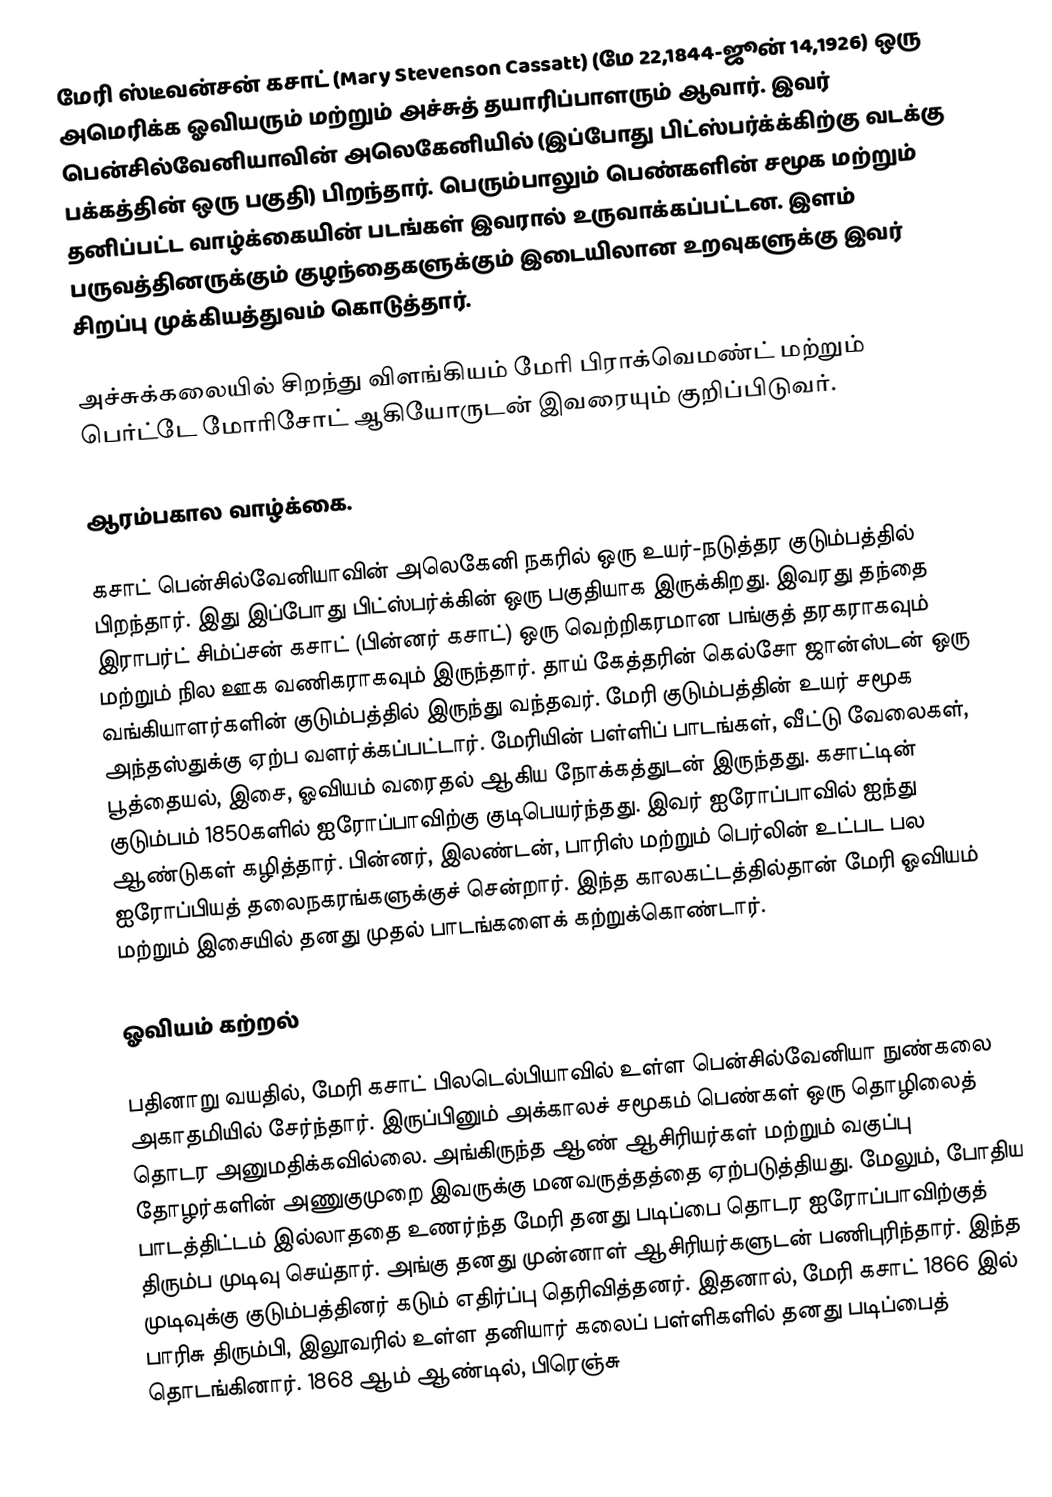
மேரி ஸ்டீவன்சன் கசாட் (Mary Stevenson Cassatt) (மே 22,1844-ஜூன் 14,1926) ஒரு அமெரிக்க ஓவியரும் மற்றும் அச்சுத் தயாரிப்பாளரும் ஆவார். இவர் பென்சில்வேனியாவின் அலெகேனியில் (இப்போது பிட்ஸ்பர்க்க்கிற்கு வடக்கு பக்கத்தின் ஒரு பகுதி) பிறந்தார். பெரும்பாலும் பெண்களின் சமூக மற்றும் தனிப்பட்ட வாழ்க்கையின் படங்கள் இவரால் உருவாக்கப்பட்டன. இளம் பருவத்தினருக்கும் குழந்தைகளுக்கும் இடையிலான உறவுகளுக்கு இவர் சிறப்பு முக்கியத்துவம் கொடுத்தார்.

அச்சுக்கலையில் சிறந்து விளங்கியம் மேரி பிராக்வெமண்ட் மற்றும் பெர்ட்டே மோரிசோட் ஆகியோருடன் இவரையும் குறிப்பிடுவர்.

ஆரம்பகால வாழ்க்கை.

கசாட் பென்சில்வேனியாவின் அலெகேனி நகரில் ஒரு உயர்-நடுத்தர குடும்பத்தில் பிறந்தார். இது இப்போது பிட்ஸ்பர்க்கின் ஒரு பகுதியாக இருக்கிறது. இவரது தந்தை இராபர்ட் சிம்ப்சன் கசாட் (பின்னர் கசாட்) ஒரு வெற்றிகரமான பங்குத் தரகராகவும் மற்றும் நில ஊக வணிகராகவும் இருந்தார். தாய் கேத்தரின் கெல்சோ ஜான்ஸ்டன் ஒரு வங்கியாளர்களின் குடும்பத்தில் இருந்து வந்தவர். மேரி குடும்பத்தின் உயர் சமூக அந்தஸ்துக்கு ஏற்ப வளர்க்கப்பட்டார். மேரியின் பள்ளிப் பாடங்கள், வீட்டு வேலைகள், பூத்தையல், இசை, ஓவியம் வரைதல் ஆகிய நோக்கத்துடன் இருந்தது. கசாட்டின் குடும்பம் 1850களில் ஐரோப்பாவிற்கு குடிபெயர்ந்தது. இவர் ஐரோப்பாவில் ஐந்து ஆண்டுகள் கழித்தார். பின்னர், இலண்டன், பாரிஸ் மற்றும் பெர்லின் உட்பட பல ஐரோப்பியத் தலைநகரங்களுக்குச் சென்றார். இந்த காலகட்டத்தில்தான் மேரி ஓவியம் மற்றும் இசையில் தனது முதல் பாடங்களைக் கற்றுக்கொண்டார்.

ஓவியம் கற்றல்

பதினாறு வயதில், மேரி கசாட் பிலடெல்பியாவில் உள்ள பென்சில்வேனியா நுண்கலை அகாதமியில் சேர்ந்தார். இருப்பினும் அக்காலச் சமூகம் பெண்கள் ஒரு தொழிலைத் தொடர அனுமதிக்கவில்லை. அங்கிருந்த ஆண் ஆசிரியர்கள் மற்றும் வகுப்பு தோழர்களின் அணுகுமுறை இவருக்கு மனவருத்தத்தை ஏற்படுத்தியது. மேலும், போதிய பாடத்திட்டம் இல்லாததை உணர்ந்த மேரி தனது படிப்பை தொடர ஐரோப்பாவிற்குத் திரும்ப முடிவு செய்தார். அங்கு தனது முன்னாள் ஆசிரியர்களுடன் பணிபுரிந்தார். இந்த முடிவுக்கு குடும்பத்தினர் கடும் எதிர்ப்பு தெரிவித்தனர். இதனால், மேரி கசாட் 1866 இல் பாரிசு திரும்பி, இலூவரில் உள்ள தனியார் கலைப் பள்ளிகளில் தனது படிப்பைத் தொடங்கினார். 1868 ஆம் ஆண்டில், பிரெஞ்சு